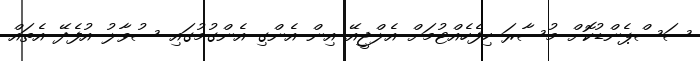
ސަސްޕެންޑުކޮށް މުސާރަ ހިފެހެއްޓުމަށް އެލްޖީއޭ އިން އެންގި އެންގުމުގައި ސުވާލު އުފެދޭ އެތައް